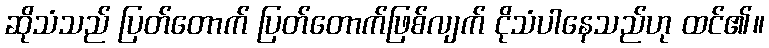
ဆိုသံသည် ပြတ်တောက် ပြတ်တောက်ဖြစ်လျက် ငိုသံပါနေသည်ဟု ထင်၏။